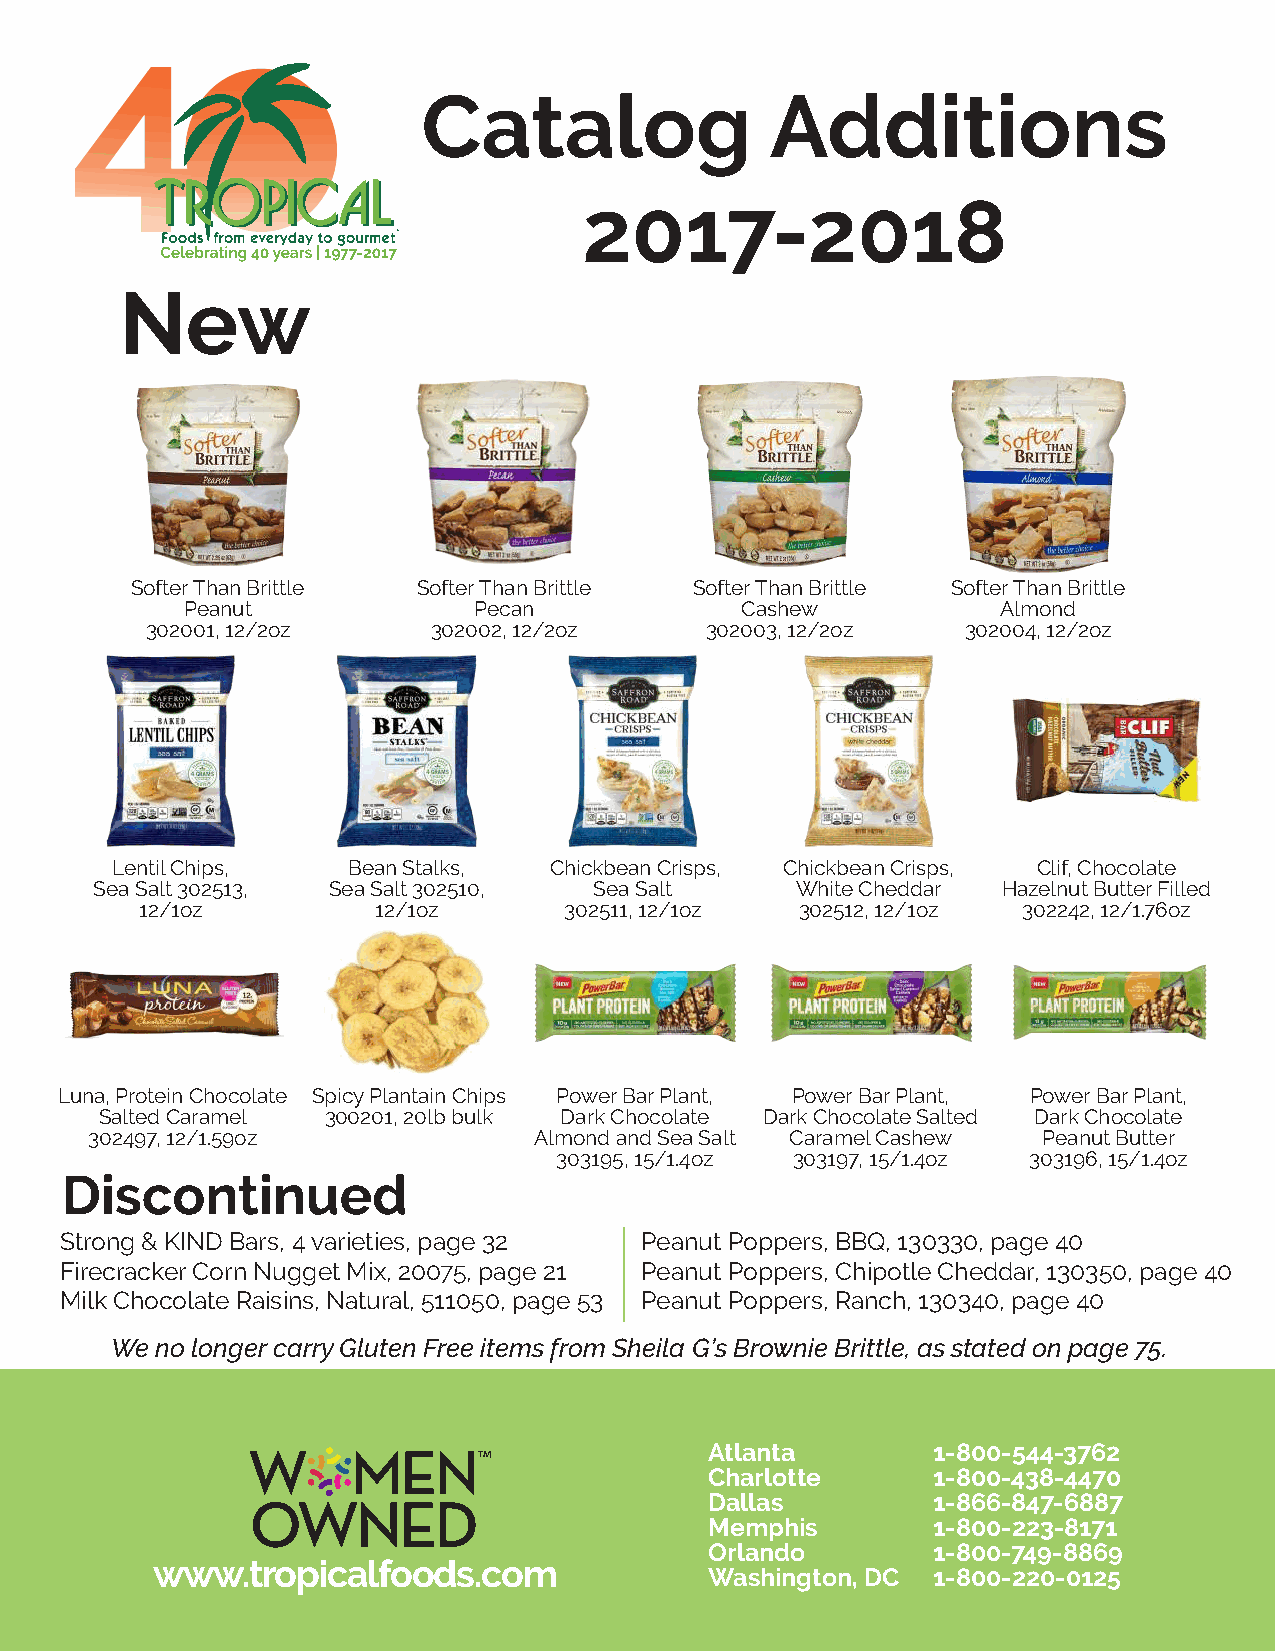
Catalog                Additions
 2017-2018
 New
 Softer Than Brittle Softer Than Brittle Softer Than Brittle Softer Than Brittle
 Peanut             Pecan             Cashew           Almond
 302001, 12/2oz     302002, 12/2oz    302003, 12/2oz   302004, 12/2oz
 Lentil Chips,   Bean Stalks, Chickbean Crisps, Chickbean Crisps, Clif, Chocolate
 Sea Salt 302513, Sea Salt 302510, Sea Salt     White Cheddar Hazelnut Butter Filled
 12/1oz          12/1oz      302511, 12/1oz  302512, 12/1oz 302242, 12/1.76oz
 Luna, Protein Chocolate Spicy Plantain Chips Power Bar Plant, Power Bar Plant, Power Bar Plant,
 Salted Caramel 300201, 20lb bulk Dark Chocolate Dark Chocolate Salted Dark Chocolate
 302497, 12/1.59oz            Almond and Sea Salt Caramel Cashew Peanut Butter
 303195, 15/1.4oz 303197, 15/1.4oz 303196, 15/1.4oz
 Discontinued
 Strong & KIND Bars, 4 varieties, page 32 Peanut Poppers, BBQ, 130330, page 40
 Firecracker Corn Nugget Mix, 20075, page 21 Peanut Poppers, Chipotle Cheddar, 130350, page 40
 Milk Chocolate Raisins, Natural, 511050, page 53 Peanut Poppers, Ranch, 130340, page 40
 We no longer carry Gluten Free items from Sheila G’s Brownie Brittle, as stated on page 75.
 Atlanta        1-800-544-3762
 Charlotte      1-800-438-4470
 Dallas         1-866-847-6887
 Memphis        1-800-223-8171
 Orlando        1-800-749-8869
 www.tropicalfoods.com
 Washington, DC 1-800-220-0125